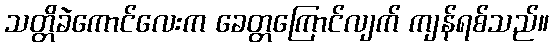
သတ္တိခဲကောင်လေးက ခေတ္တကြောင်လျက် ကျန်ရစ်သည်။